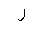
Letter: _ra